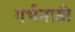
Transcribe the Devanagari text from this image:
गर्भनाड़ी